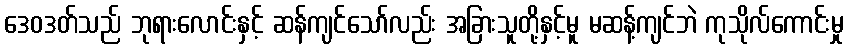
ဒေဝဒတ်သည် ဘုရားလောင်းနှင့် ဆန်ကျင်သော်လည်း အခြားသူတို့နှင့်မူ မဆန့်ကျင်ဘဲ ကုသိုလ်ကောင်းမှု